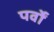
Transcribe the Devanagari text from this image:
पर्वोँ